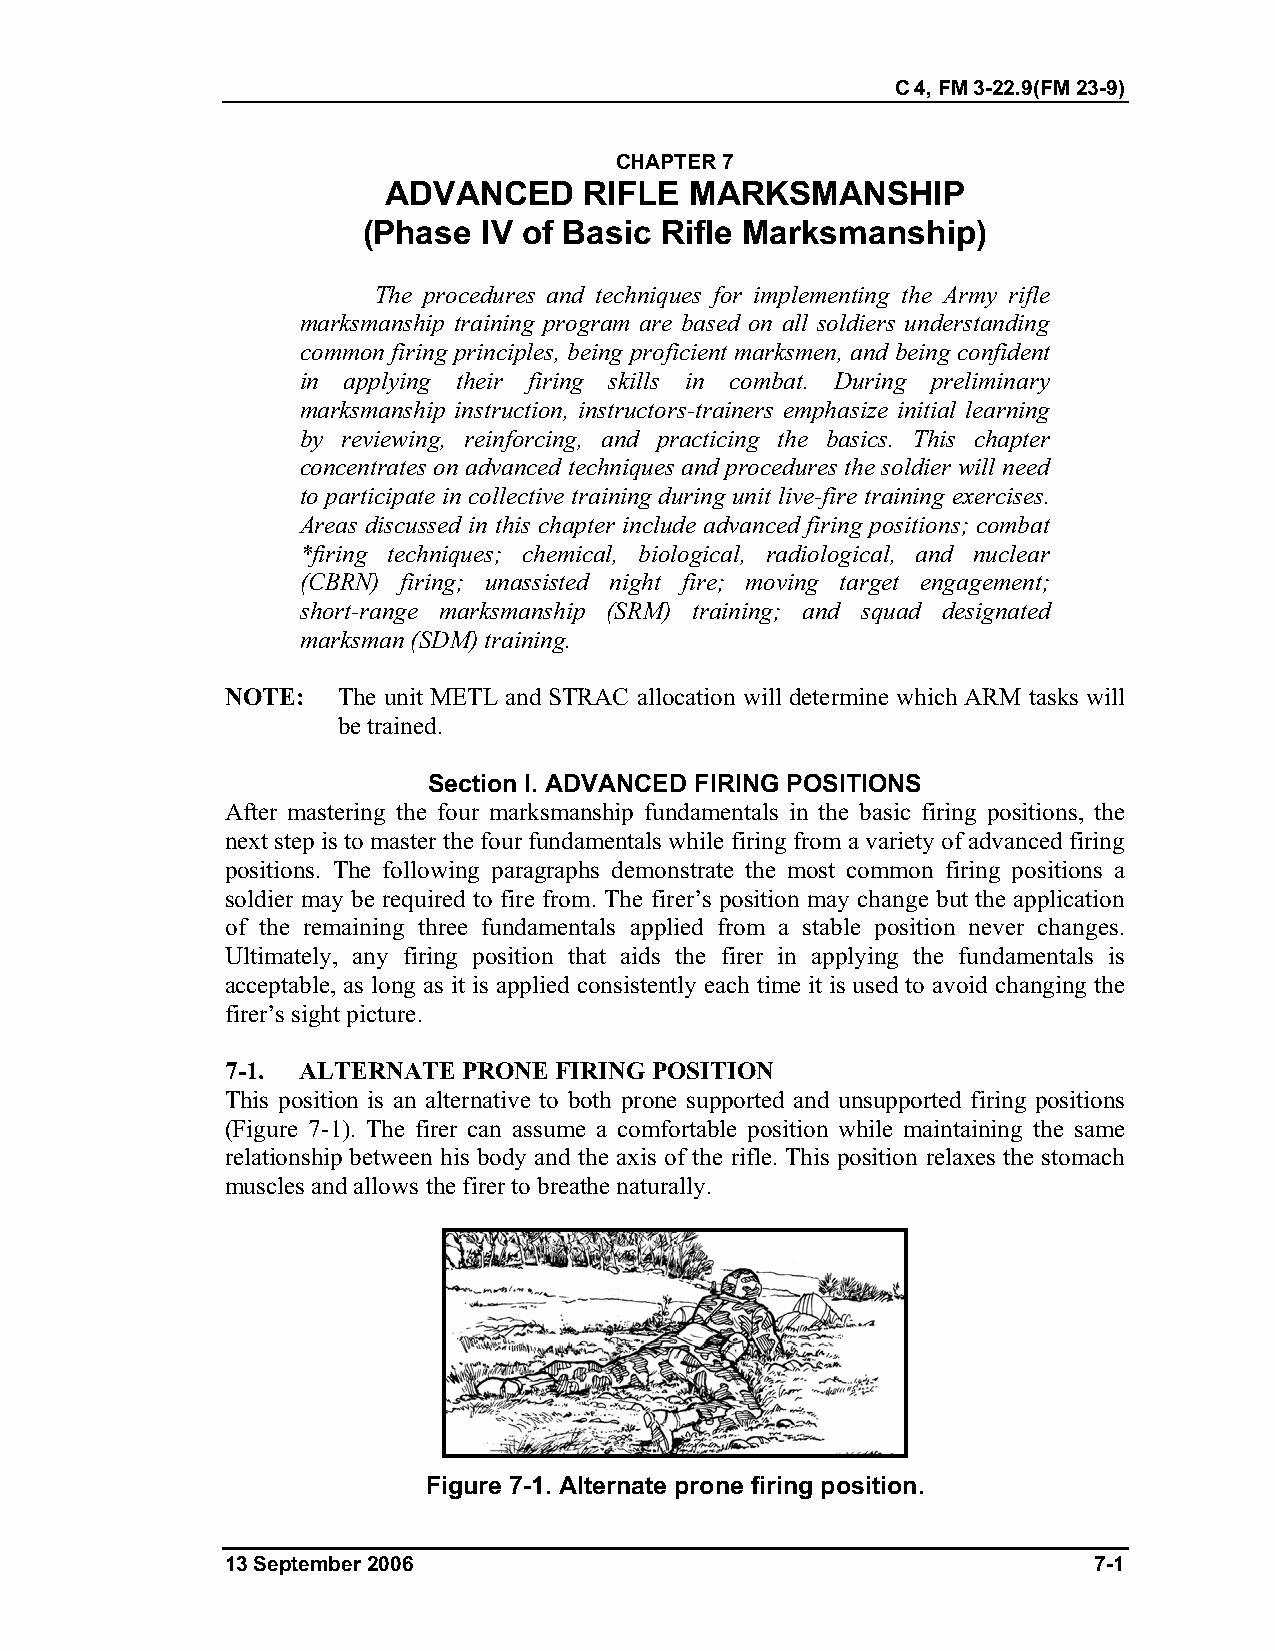
C 4, FM 3-22.9(FM 23-9)
 CHAPTER 7
 ADVANCED      RIFLE  MARKSMANSHIP
 (Phase  IV of Basic Rifle Marksmanship)
 The procedures and techniques for implementing the Army rifle
 marksmanship training program are based on all soldiers understanding
 common firing principles, being proficient marksmen, and being confident
 in applying their firing skills in combat. During preliminary
 marksmanship instruction, instructors-trainers emphasize initial learning
 by reviewing, reinforcing, and practicing the basics. This chapter
 concentrates on advanced techniques and procedures the soldier will need
 to participate in collective training during unit live-fire training exercises.
 Areas discussed in this chapter include advanced firing positions; combat
 *firing techniques; chemical, biological, radiological, and nuclear
 (CBRN) firing; unassisted night fire; moving target engagement;
 short-range marksmanship (SRM) training; and squad designated
 marksman (SDM) training.
 NOTE:  The unit METL and STRAC allocation will determine which ARM tasks will
 be trained.
 Section I. ADVANCED FIRING POSITIONS
 After mastering the four marksmanship fundamentals in the basic firing positions, the
 next step is to master the four fundamentals while firing from a variety of advanced firing
 positions. The following paragraphs demonstrate the most common firing positions a
 soldier may be required to fire from. The firer’s position may change but the application
 of the remaining three fundamentals applied from a stable position never changes.
 Ultimately, any firing position that aids the firer in applying the fundamentals is
 acceptable, as long as it is applied consistently each time it is used to avoid changing the
 firer’s sight picture.
 7-1. ALTERNATE  PRONE FIRING POSITION
 This position is an alternative to both prone supported and unsupported firing positions
 (Figure 7-1). The firer can assume a comfortable position while maintaining the same
 relationship between his body and the axis of the rifle. This position relaxes the stomach
 muscles and allows the firer to breathe naturally.
 Figure 7-1. Alternate prone firing position.
 13 September 2006                                        7-1